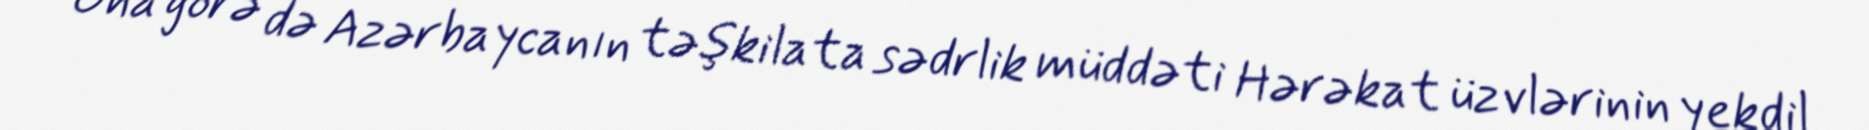
Ona görə də Azərbaycanın təşkilata sədrlik müddəti Hərəkat üzvlərinin yekdil